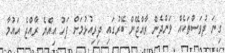
ގިނަ ދުވަސްތަކެއް ވަންދެން ރާއްޖޭން ބޭރުގައި ދިރިއުޅުމަށް ފަހު އިއްޔެ ރާއްޖެ އައުމާ